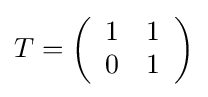
T=\left({\begin{array}{ll}1&1\\0&1\end{array}}\right)